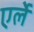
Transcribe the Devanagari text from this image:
एर्ले